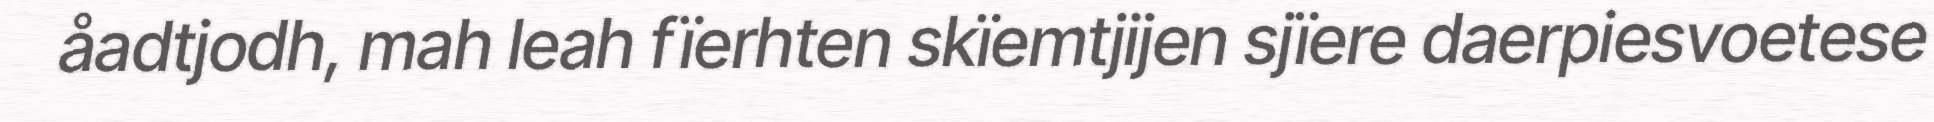
åadtjodh, mah leah fïerhten skïemtjijen sjïere daerpiesvoetese